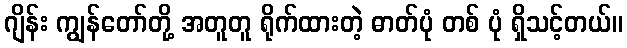
ဂျိန်း ကျွန်တော်တို့ အတူတူ ရိုက်ထားတဲ့ ဓာတ်ပုံ တစ် ပုံ ရှိသင့်တယ်။